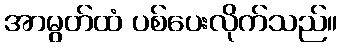
အာမွတ်ထံ ပစ်ပေးလိုက်သည်။